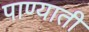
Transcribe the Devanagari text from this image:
पाण्याती